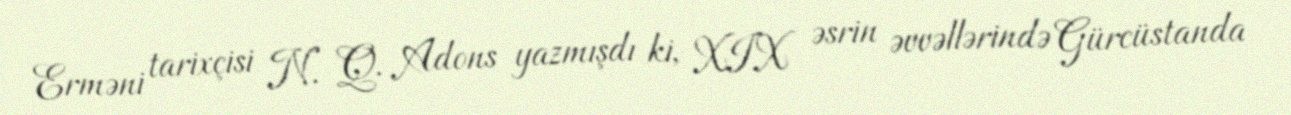
Erməni tarixçisi N. Q. Adons yazmışdı ki, XIX əsrin əvvəllərində Gürcüstanda